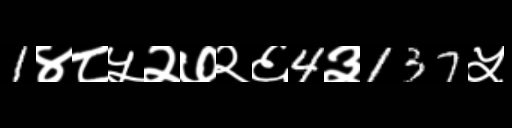
Text: 1४८५२७२६4३137५